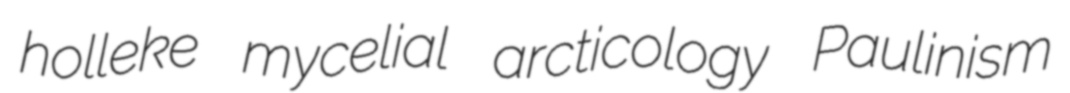
holleke mycelial arcticology Paulinism